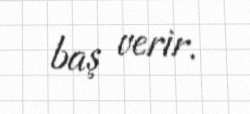
baş verir.